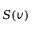
S ( v )